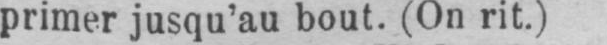
primer jusqu’au bout. (On rit.)